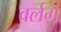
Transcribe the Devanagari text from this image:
वर्लग